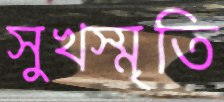
সুখস্মৃতি